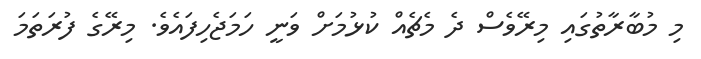
މި މުބާރާތުގައި މިރޭވެސް ދެ މެޗެއް ކުޅުމަށް ވަނީ ހަމަޖެހިފައެވެ. މިރޭގެ ފުރަތަމަ